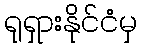
ရုရှားနိုင်ငံမှ